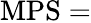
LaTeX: {\mathrm{MPS}}=